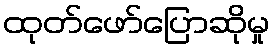
ထုတ်ဖော်ပြောဆိုမှု